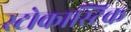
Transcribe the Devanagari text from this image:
स्टोकास्टिक